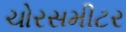
ચોરસમીટર